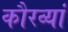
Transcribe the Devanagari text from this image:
कौरव्यां